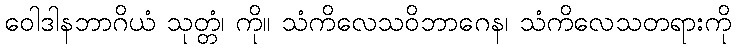
ဝေါဒါနဘာဂိယံ သုတ္တံ၊ ကို။ သံကိလေသဝိဘာဂေန၊ သံကိလေသတရားကို